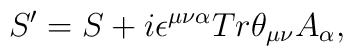
S'=S+i\epsilon^{\mu \nu \alpha}Tr\theta_{\mu \nu}A_\alpha,